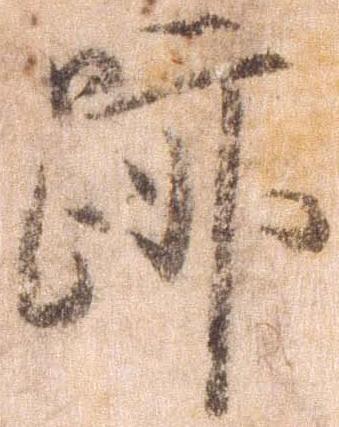
跡